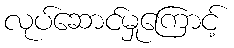
လုပ်ဆောင်မှုကြောင့်